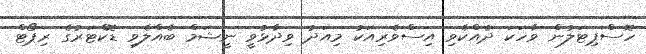
ހޮސްޕިޓަލުން ވާހަކަ ދެއްކެވި އިސްވެރިއަކު މިއަދު ވިދާޅުވީ ނީޝަމް ބެއްލެވި ޑޮކްޓަރުގެ ރިޕޯޓް